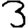
Digit: 3